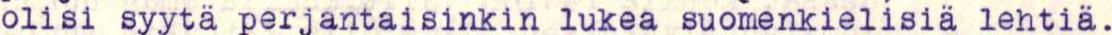
olisi syytä perjantaisinkin lukea suomenkielisiä lehtiä.